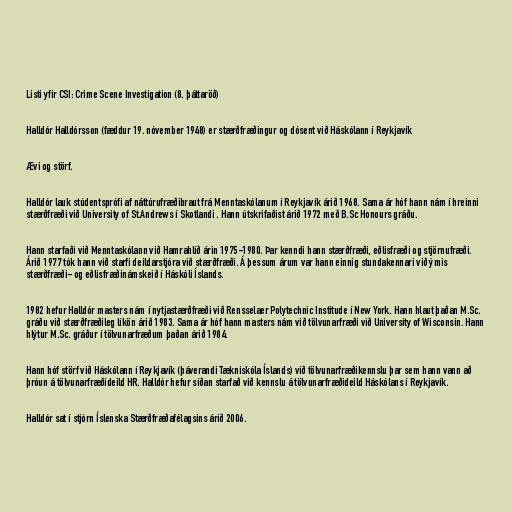
Listi yfir CSI: Crime Scene Investigation (8. þáttaröð)

Halldór Halldórsson (fæddur 19. nóvember 1948) er stærðfræðingur og dósent við Háskólann í Reykjavík

Ævi og störf.

Halldór lauk stúdentsprófi af náttúrufræðibraut frá Menntaskólanum í Reykjavík árið 1968. Sama ár hóf hann nám í hreinni
stærðfræði við University of St.Andrews í Skotlandi . Hann útskrifaðist árið 1972 með B.Sc Honours gráðu.

Hann starfaði við Menntaskólann við Hamrahlíð árin 1975-1980. Þar kenndi hann stærðfræði, eðlisfræði og stjörnufræði.
Árið 1977 tók hann við starfi deildarstjóra við stærðfræði. Á þessum árum var hann einnig stundakennari við ýmis
stærðfræði- og eðlisfræðinámskeið í Háskóli Íslands.

1982 hefur Halldór masters nám í nytjastærðfræði við Rensselaer Polytechnic Institude í New York. Hann hlaut þaðan M.Sc.
gráðu við stærðfræðileg líkön árið 1983. Sama ár hóf hann masters nám við tölvunarfræði við University of Wisconsin. Hann
hlýtur M.Sc. gráður í tölvunarfræðum þaðan árið 1984.

Hann hóf störf við Háskólann í Reykjavík (þáverandi Tækniskóla Íslands) við tölvunarfræðikennslu þar sem hann vann að
þróun á tölvunarfræðideild HR. Halldór hefur síðan starfað við kennslu á tölvunarfræðideild Háskólans í Reykjavík.

Halldór sat í stjórn Íslenska Stærðfræðafélagsins árið 2006.